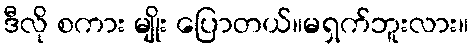
ဒီလို စကား မျိုး ပြောတယ်။မရှက်ဘူးလား။